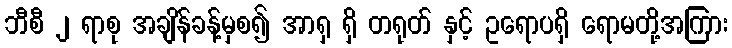
ဘီစီ ၂ ရာစု အချိန်ခန့်မှစ၍ အာရှ ရှိ တရုတ် နှင့် ဥရောပရှိ ရောမတို့အကြား